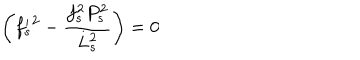
\biggl ( { f _ { s } ^ { \prime } } ^ { 2 } - \frac { f _ { s } ^ { 2 } P _ { s } ^ { 2 } } { L _ { s } ^ { 2 } } \biggr ) = 0